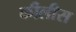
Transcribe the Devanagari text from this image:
कीलीस